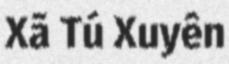
Xã Tú Xuyên